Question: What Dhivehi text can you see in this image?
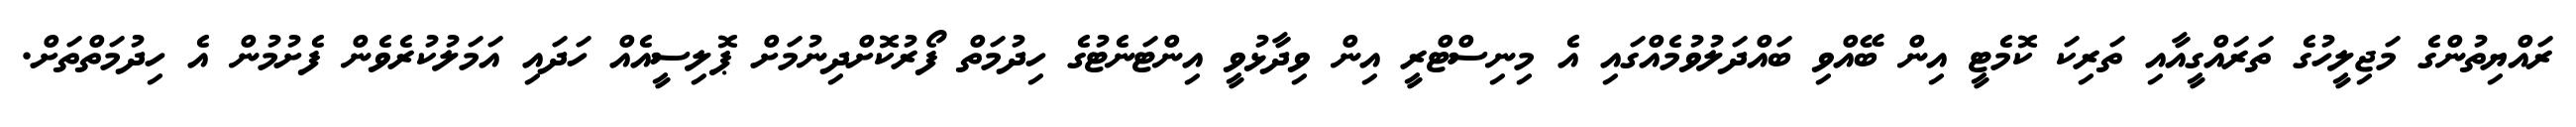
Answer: ރައްޔިތުންގެ މަޖިލީހުގެ ތަރައްގީއާއި ތަރިކަ ކޮމެޓީ އިން ބޭއްވި ބައްދަލުވުމެއްގައި އެ މިނިސްޓްރީ އިން ވިދާޅުވީ އިންޓަނެޓުގެ ހިދުމަތް ފޯރުކޮށްދިނުމަށް ޕޮލިސީއެއް ހަދައި އަމަލުކުރެވެން ފެށުމުން އެ ހިދުމަތްތަށް.